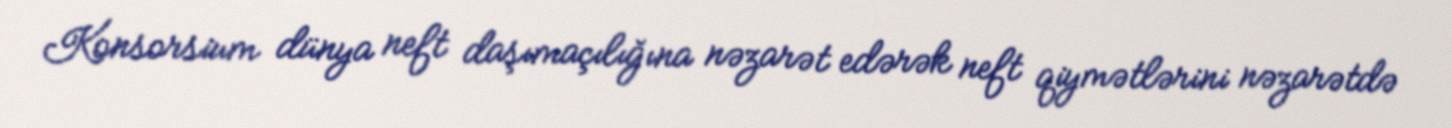
Konsorsium dünya neft daşımaçılığına nəzarət edərək neft qiymətlərini nəzarətdə